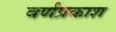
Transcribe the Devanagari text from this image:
वर्णप्रकाश